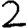
Digit: 2